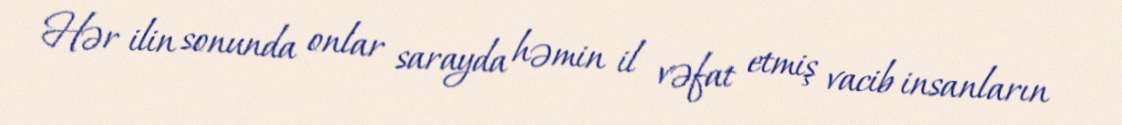
Hər ilin sonunda onlar sarayda həmin il vəfat etmiş vacib insanların